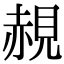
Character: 䚂